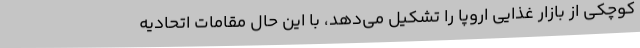
کوچکی از بازار غذایی اروپا را تشکیل می‌دهد، با این حال مقامات اتحادیه